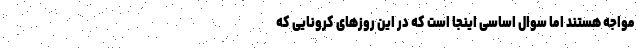
مواجه هستند اما سوال اساسی اینجا است که در این روزهای کرونایی که